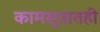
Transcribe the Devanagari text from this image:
कामसूत्रातही